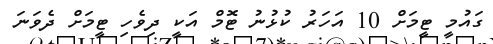
ގައުމީ ޓީމަށް 10 އަހަރު ކުޅުނު ޓޮމް އަކީ ދިވެހި ޓީމަށް ދެވަނަ